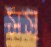
সস্